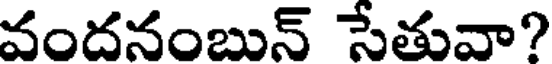
వందనంబున్ సేతువా?